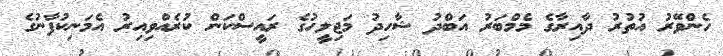
ހެންވޭރު އުތުރު ދާއިރާގެ މެމްބަރު އަބްދު ޝާހިދު މަޖިލީހުގެ ރައީސްކަން ކުރެއްވިއިރު އެމަނިކުފާނުގެ